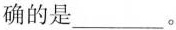
确的是___。